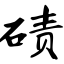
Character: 碛